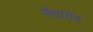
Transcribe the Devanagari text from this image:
नैवारोन